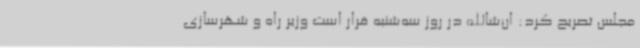
مجلس تصریح کرد: ان‌شاالله در روز سه‌شنبه قرار است وزیر راه و شهرسازی